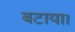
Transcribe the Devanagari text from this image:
बटाया।